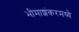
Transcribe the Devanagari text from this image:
भीमाशंकरमध्ये